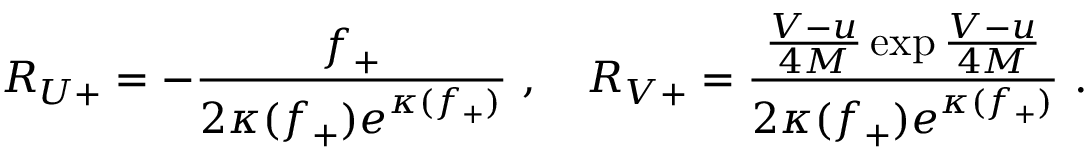
R _ { U + } = - \frac { f _ { + } } { 2 \kappa ( f _ { + } ) e ^ { \kappa ( f _ { + } ) } } \ , \quad R _ { V + } = \frac { \frac { V - u } { 4 M } \exp \frac { V - u } { 4 M } } { 2 \kappa ( f _ { + } ) e ^ { \kappa ( f _ { + } ) } } \ .